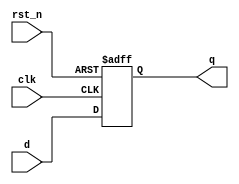
module d_flip_flop (
    input wire clk,        // Clock signal
    input wire rst_n,     // Active low reset signal
    input wire d,         // Data input
    output reg q          // Data output
);

// Initialization of the output
initial begin
    q = 1'b0; // Initialize output to 0
end

// Always block sensitive to the negative edge of the clock
always @(negedge clk or negedge rst_n) begin
    if (!rst_n) begin
        q <= 1'b0; // Reset output to 0 on active low reset
    end else begin
        q <= d;    // Capture input data on falling edge of clock
    end
end

endmodule